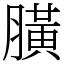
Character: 䐵